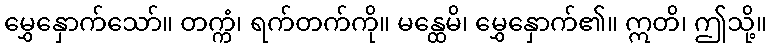
မွှေနှောက်သော်။ တက္ကံ၊ ရက်တက်ကို။ မန္ထေမိ၊ မွှေနှောက်၏။ ဣတိ၊ ဤသို့။